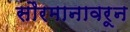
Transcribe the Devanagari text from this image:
सौरमानावरून